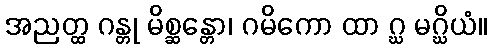
အညတ္ထ ဂန္တု မိစ္ဆန္တော၊ ဂမိကော ထာ ဂ္ဃ မဂ္ဃိယံ။